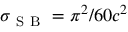
\sigma _ { \mathrm { ~ S ~ B ~ } } = \pi ^ { 2 } / 6 0 c ^ { 2 }